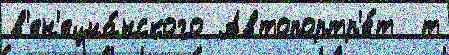
в'ен'ециа́нского Автопортр'е́т  т